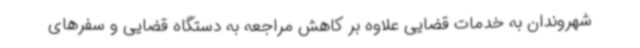
شهروندان به خدمات قضایی علاوه بر کاهش مراجعه به دستگاه قضایی و سفرهای